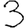
Digit: 3